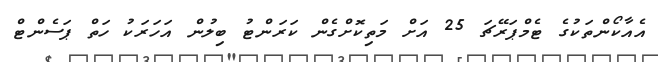
އެއާކޯންތަކުގެ ޓެމްޕަރޭޗަ 25 އަށް މަތިކޮށްގެން ކަރަންޓު ބިލުން އަހަރަކު ހަތް ޕަސެންޓް